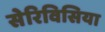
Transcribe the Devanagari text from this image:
सेरिविसिया